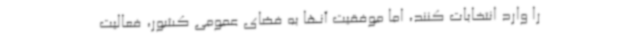
را وارد انتخابات کنند، اما موفقیت آنها به فضای عمومی کشور، فعالیت